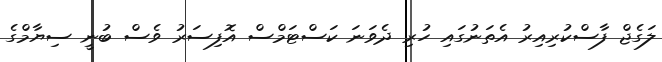
ލަގެޖް ފާސްކުރިއިރު އެތަނުގައި ހުރި ދެވަނަ ކަސްޓަމްސް އޮފިސަރު ވެސް ބުނީ ސިޔާމްގެ